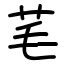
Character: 芼